Vaccination in Bombay 1902-1912 - 1902-1912
Year: 1902
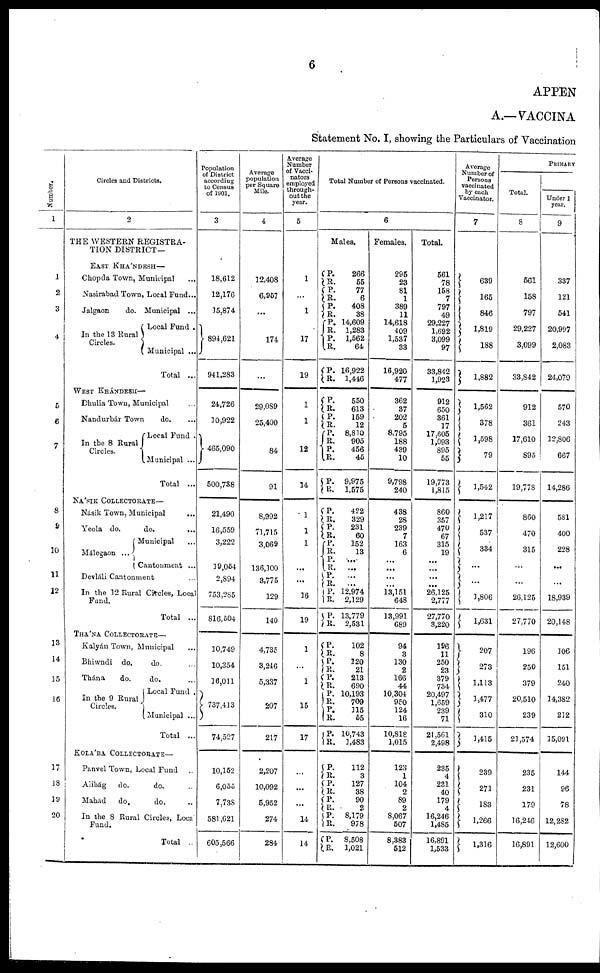
6
APPEN
A.— VACCINA
Statement No. I, showing the Particulars of Vaccination
Number.
1
1
2
3
4
5
6
7
8
9
10
11
12
13
14
15
16
17
18
19
20
Circles and Districts.
2
THE WESTERN REGISTRA-
TION DISTRICT—
EAST KHÁNDESH—
Chopda Town, Municipal ...
Nasirabad Town, Local Fund...
Jalgaon
do. Municipal ...
In the 13 Rural
Circles.
Local Fund .
Municipal ...
Total ...
WEST KHÁNDESH—
Dhulia Town, Municipal ...
Nandurbár Town
do. ...
In the 8 Rural
Circles.
Local Fund .
Municipal ...
Total ...
NÁSIK COLLECTORATE—
Násik Town, Municipal ...
Yeola do.
do. ...
Málegaon ...
Municipal ...
Cantonment ...
Devlali Cantonment ...
In the 12 Rural Circles, Local
Fund.
Total ...
THÁNA COLLECTORATE—
Kalyán Town, Municipal...
Bhiwndi do.
do. ...
Thána
do.
do. ...
In the 9 Rural
Circles.
Local Fund .
(Municipal ...
Total ...
KOLÁBA COLLECTORATE—
Panvel Town, Local Fund ...
Alibág
do.
do. ...
Mahád
do,
do. ...
In the 8 Rural Circles, Local
Fund.
Total ..
Population
of District
according
to Census
of 1901.
3
18,612
12,176
15,874
894,621
941,283
24,726
10,922
465,090
500,738
21,490
16,559
3,222
19,054
2,894
753,285
816,504
10,749
10,354
16,011
737,413
74,527
10,152
6,055
7,738
581,621
605,566
Average
population
per Square
Mile.
4
12,408
6,957
...
174
...
29,089
25,400
84
91
8,992
71,715
3,069
136,100
3,775
129
140
4,735
3,246
5,337
207
217
2,207
10,092
5,952
274
284
Average
Number
of Vacci¬
nators
employed
through-
out the
year.
5
1
...
1
17
19
1
1
12
14
1
1
1
...
...
16
19
1
...
1
15
17
...
...
...
14
14
Total Number of Persons vaccinated.
6
Males.
P.
R.
P.
R.
P.
R.
P.
R.
P.
R.
P.
R.
P.
R.
P.
R. P.
R.
P.
R.
P.
R.
P.
R.
P.
R.
P.
R.
P.
R.
P.
R. P.
R.
P.
R.
P.
R.
P.
R.
P.
R.
P.
R.
P.
R.
P.
R.
P.
R.
P.
R.
P.
R. P.
R.
P.
R.
266
55
77
6
408
38
14,609
1,283
1,562
64
16,922
1,446
550
613
159
12
8,810
905
456
45
9,975
1,575
422
329
231
60
152
13
...
...
...
...
12,974
2,129
13,779
2,531
102
8
120
21
213
690
10,193
709
315
55
10,743
1,483
112
3
127
38
90
2
8,179
978
8,508
1,021
Females.
295
23
81
1
389
11
14,618
409
1,537
33
16,920
477
362
37
202
5
8,795
188
439
10
9,798
240
438
28
239
7
163
6
...
...
...
...
13,151
648
13,991
689
94
3
130
2
166
44
10,304
950
124
16
10,818
1,015
123
1
104
2
89
2
8,067
507
8,383
512
Total.
561
78
158
7
797
49
29,227
1,692
3,099
97
33,842
1,923
912
650
361
17
17,605
1,093
895
55
19,773
1,815
860
357
470
67
315
19
...
...
...
...
26,125
2,777
27,770
3,220
196
11
250
23
379
734
20,497
1,659
239
71
21,561
2,498
235
4
231
40
179
4
16,246
1,485
16,891
1,533
Average
Number of
Persons
vaccinated
by each
Vaccinator.
7
639
165
846
]
1,819
188
1,882
1,562
378
1,598
79
1,542
1,217
537
334
...
...
1,806
1,631
207
273
1,113
1,477
310
1,415
239
271
183
1,266
1,316
PRIMARY
Total.
8
561
158
797
29,227
3,099
33,842
912
361
17,610
895
19,778
860
470
315
...
...
26,125
27,770
196
250
379
20,510
239
21,574
235
231
179
16,246
16,891
Under 1
year.
9
337
121
541
20,997
2,083
24,079
570
243
12,806
667
14,286
581
400
228
...
...
18,939
20,148
106
151
240
14,382
212
15,091
144
96
78
12,282
12,600